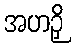
အဟဉှိ